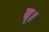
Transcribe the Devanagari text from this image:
प्।